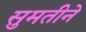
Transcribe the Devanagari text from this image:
सुमतीने